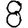
Digit: 8